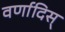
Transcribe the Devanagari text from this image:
वर्णादिस्‌